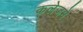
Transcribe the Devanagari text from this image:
कलेजमे